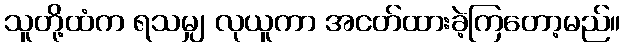
သူတို့ထံက ရသမျှ လုယူကာ အငတ်ထားခဲ့ကြတော့မည်။